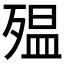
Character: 殟